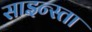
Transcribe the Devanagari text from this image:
साइन्स्ता